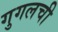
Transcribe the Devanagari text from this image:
गुगलची